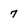
Character: 7